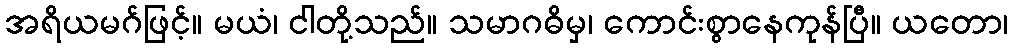
အရိယမဂ်ဖြင့်။ မယံ၊ ငါတို့သည်။ သမာဂဓိမှ၊ ကောင်းစွာနေကုန်ပြီ။ ယတော၊